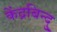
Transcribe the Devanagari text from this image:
केंद्रबिन्दु